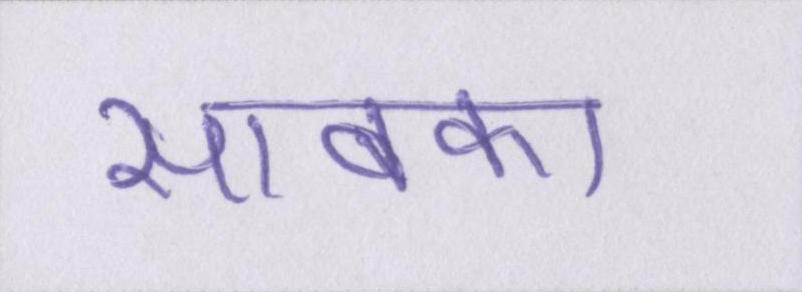
साबका